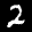
Label: 2